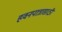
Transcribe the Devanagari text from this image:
हवनपात्रासाठी